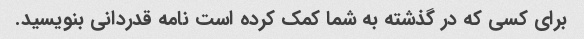
برای کسی که در گذشته به شما کمک کرده است نامه قدردانی بنویسید.